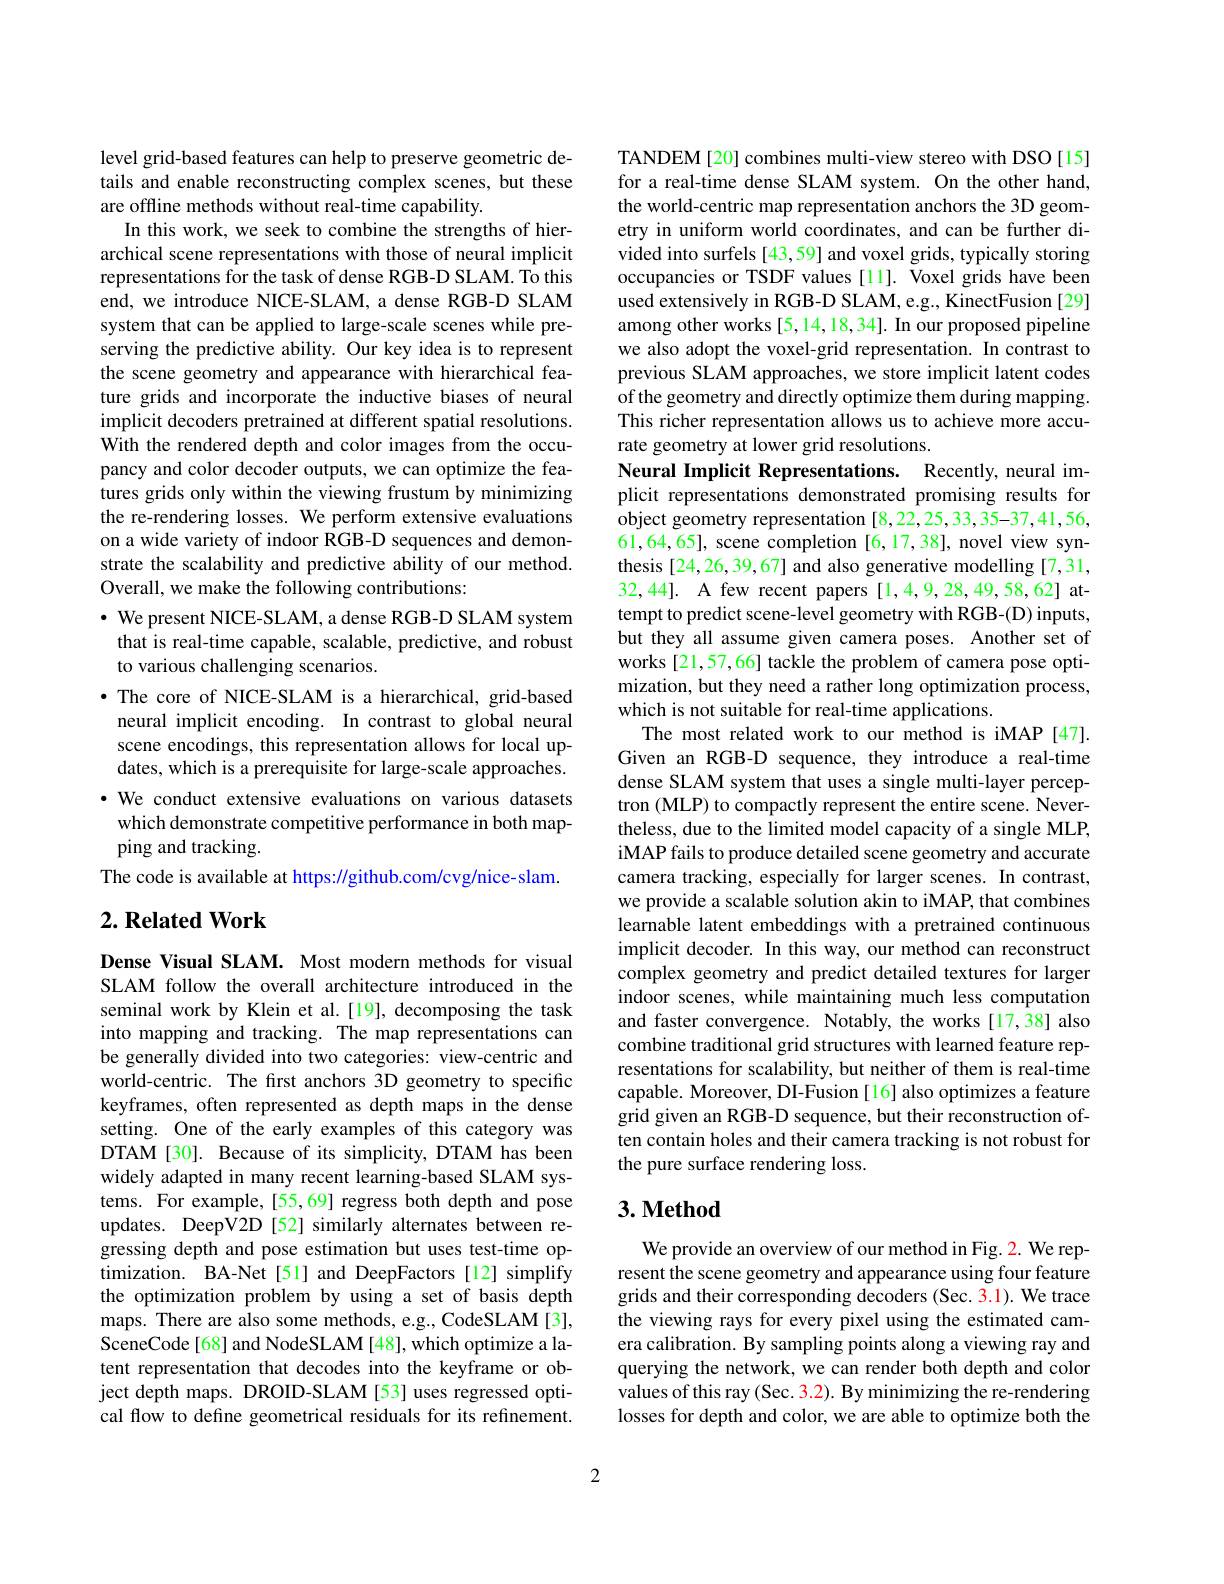
level grid-based features can help to preserve geometric details and enable reconstructing complex scenes, but these are offline methods without real-time capability.
In this work, we seek to combine the strengths of hierarchical scene representations with those of neural implicit representations for the task of dense RGB-D SLAM. To this end, we introduce NICE-SLAM, a dense RGB-D SLAM system that can be applied to large-scale scenes while preserving the predictive ability. Our key idea is to represent the scene geometry and appearance with hierarchical feature grids and incorporate the inductive biases of neural implicit decoders pretrained at different spatial resolutions. With the rendered depth and color images from the occupancy and color decoder outputs, we can optimize the features grids only within the viewing frustum by minimizing the re-rendering losses. We perform extensive evaluations on a wide variety of indoor RGB-D sequences and demonstrate the scalability and predictive ability of our method. Overall, we make the following contributions:
$\cdot$ We present NICE-SLAM, a dense RGB-D SLAM system that is real-time capable, scalable, predictive, and robust to various challenging scenarios.
·The core of NICE-SLAM is a hierarchical, grid-based neural implicit encoding. In contrast to global neural scene encodings, this representation allows for local updates, which is a prerequisite for large-scale approaches. ·We conduct extensive evaluations on various datasets which demonstrate competitive performance in both mapping and tracking.
The code is available at https://github.com/cvg/nice-slam.

## $2. \textbf{ Related Work}$

Dense Visual SLAM. Most modern methods for visual SLAM follow the overall architecture introduced in the seminal work by Klein et al.[19], decomposing the task into mapping and tracking. The map representations can be generally divided into two categories: view-centric and world-centric. The first anchors 3D geometry to specific keyframes, often represented as depth maps in the dense setting. One of the early examples of this category was DTAM [30]. Because of its simplicity, DTAM has been widely adapted in many recent learning-based SLAM systems. For example,[55,69] regress both depth and pose updates. DeepV2D [52] similarly alternates between regressing depth and pose estimation but uses test-time optimization. BA-Net[51] and DeepFactors[12] simplify the optimization problem by using a set of basis depth maps. There are also some methods, e.g., CodeSLAM [3], SceneCode[68] and NodeSLAM[48], which optimize a latent representation that decodes into the keyframe or object depth maps. DROID-SLAM [53] uses regressed optical flow to define geometrical residuals for its refinement.

TANDEM[20] combines multi-view stereo with DSO[15] for a real-time dense SLAM system. On the other hand, the world-centric map representation anchors the 3D geometry in uniform world coordinates, and can be further divided into surfels [43,59] and voxel grids, typically storing occupancies or TSDF values [11]. Voxel grids have been used extensively in RGB-D SLAM, e.g., KinectFusion [29] among other works [5,14,18,34]. In our proposed pipeline we also adopt the voxel-grid representation. In contrast to previous SLAM approaches, we store implicit latent codes of the geometry and directly optimize them during mapping. This richer representation allows us to achieve more accurate geometry at lower grid resolutions.
Neural Implicit Representations. Recently, neural implicit representations demonstrated promising results for $\hat{\text{object geometry representation [8,22,25,33,35-37,41,56,}}$ 61,64,65], scene completion [6,17,38], novel view synthesis [24,26,39,67] and also generative modelling [7,31, 32,44]. A few recent papers [1,4,9,28,49,58,62] attempt to predict scene-level geometry with RGB-(D) inputs, but they all assume given camera poses. Another set of works [21,57,66] tackle the problem of camera pose optimization, but they need a rather long optimization process, which is not suitable for real-time applications.
The most related work to our method is iMAP[47]. Given an RGB-D sequence, they introduce a real-time dense SLAM system that uses a single multi-layer perceptron (MLP) to compactly represent the entire scene. Nevertheless, due to the limited model capacity of a single MLP, iMAP fails to produce detailed scene geometry and accurate camera tracking, especially for larger scenes. In contrast, we provide a scalable solution akin to iMAP, that combines learnable latent embeddings with a pretrained continuous implicit decoder. In this way, our method can reconstruct complex geometry and predict detailed textures for larger indoor scenes, while maintaining much less computation and faster convergence. Notably, the works [17,38] also combine traditional grid structures with learned feature representations for scalability, but neither of them is real-time capable. Moreover, DI-Fusion[16] also optimizes a feature grid given an RGB-D sequence, but their reconstruction often contain holes and their camera tracking is not robust for the pure surface rendering loss.

## $3. \textbf{Method}$

We provide an overview of our method in Fig. 2. We represent the scene geometry and appearance using four feature grids and their corresponding decoders (Sec. 3.1). We trace the viewing rays for every pixel using the estimated camera calibration. By sampling points along a viewing ray and querying the network, we can render both depth and color values of this ray (Sec. 3.2). By minimizing the re-rendering losses for depth and color, we are able to optimize both the

2